Eesti_Vabariigi_Tartu_Ulikool, lk 47
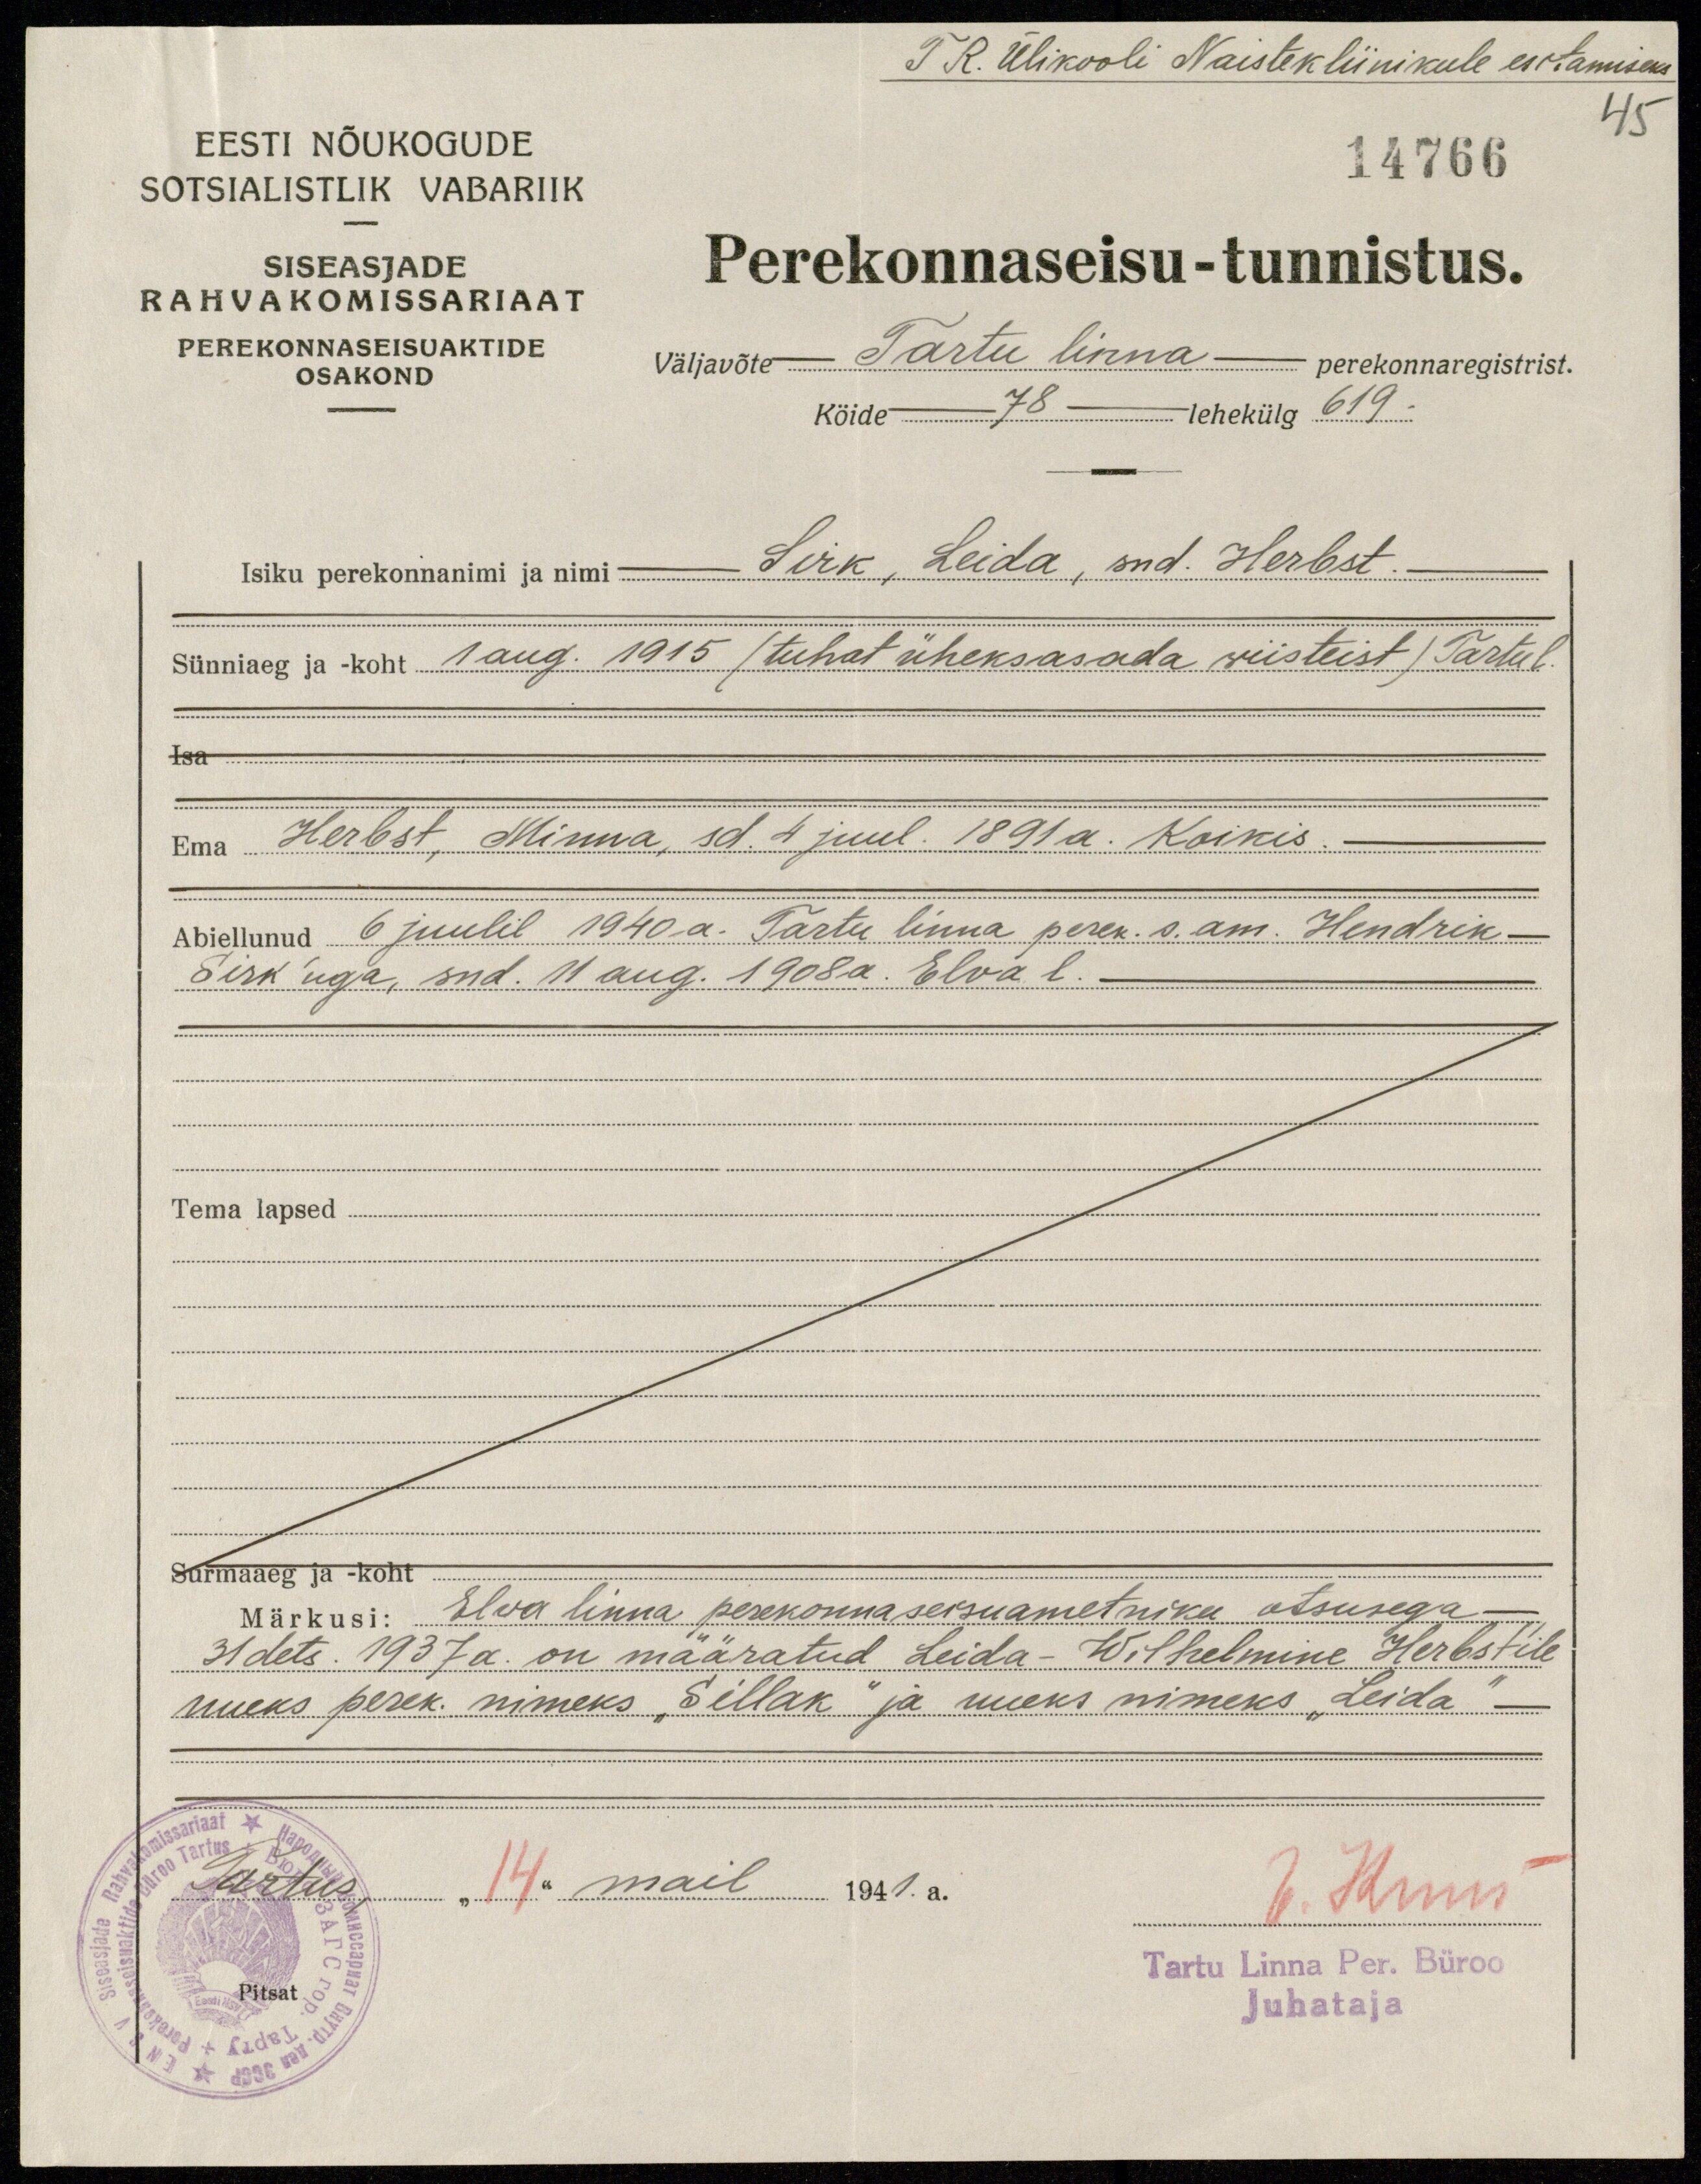
T.R. Ülikooli Naistekliinikule esitamiseks
45
14766
EESTI NÕUKOGUDE
SOTSIALISTLIK VABARIIK
SISEASJADE
RAHVAKOMISSARIAAT
PEREKONNASEISUAKTIDE
OSAKOND
Perekonnaseisu-tunnistus.
väljavõte Tartu linna perekonnaregistrist.
Köide 78 lehekülg 619.
Isiku perekonnanimi ja nimi - Sirk, Leida, snd. Herbst.
Sünniaeg ja koht 1 aug. 1915 /tuhat üheksasada wiisteist / Tartul
Isa
Herbst, Minna, sd. 4 juul. 1891 a. Koikis.
Abiellunud 6 juulil 1940. a. Tartu linna perek. s. am. Hendrik
Sirk'uga, süd. 11 aug. 1908. a. Elva l.
Tema lapsed
Surmaaeg ja -koht
Märkusi: Elva linna perekonnaseisuametniku otsusega
31 dets. 1937 a. on määratud Leida-Wilhelmine Herbstile
uueks perek. nimeks "Sillak" ja uueks nimeks "Leida".
Tartus, "14" mail 1941. a.
V. Kuus
Tartu Linna Per. Büroo
Pitsat
Juhataja